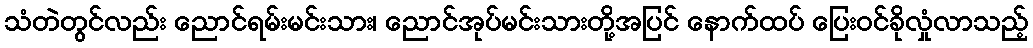
သံတဲတွင်လည်း ညောင်ရမ်းမင်းသား၊ ညောင်အုပ်မင်းသားတို့အပြင် နောက်ထပ် ပြေးဝင်ခိုလှုံလာသည့်